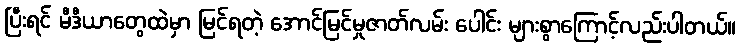
ပြီးရင် မီဒီယာတွေထဲမှာ မြင်ရတဲ့ အောင်မြင်မှုဇာတ်လမ်း ပေါင်း များစွာကြောင့်လည်းပါတယ်။